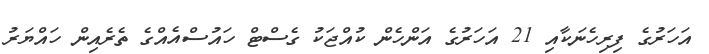
އަހަރުގެ ފިރިހެނަކާއި 21 އަހަރުގެ އަންހެން ކުއްޖަކު ގެސްޓް ހައުސްއެއްގެ ތެރެއިން ހައްޔަރު